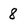
Character: 8